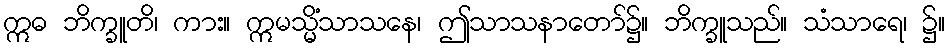
ဣဓ ဘိက္ခူတိ၊ ကား။ ဣမသ္မိံသာသနေ၊ ဤသာသနာတော်၌။ ဘိက္ခူသည်။ သံသာရေ၊ ၌။